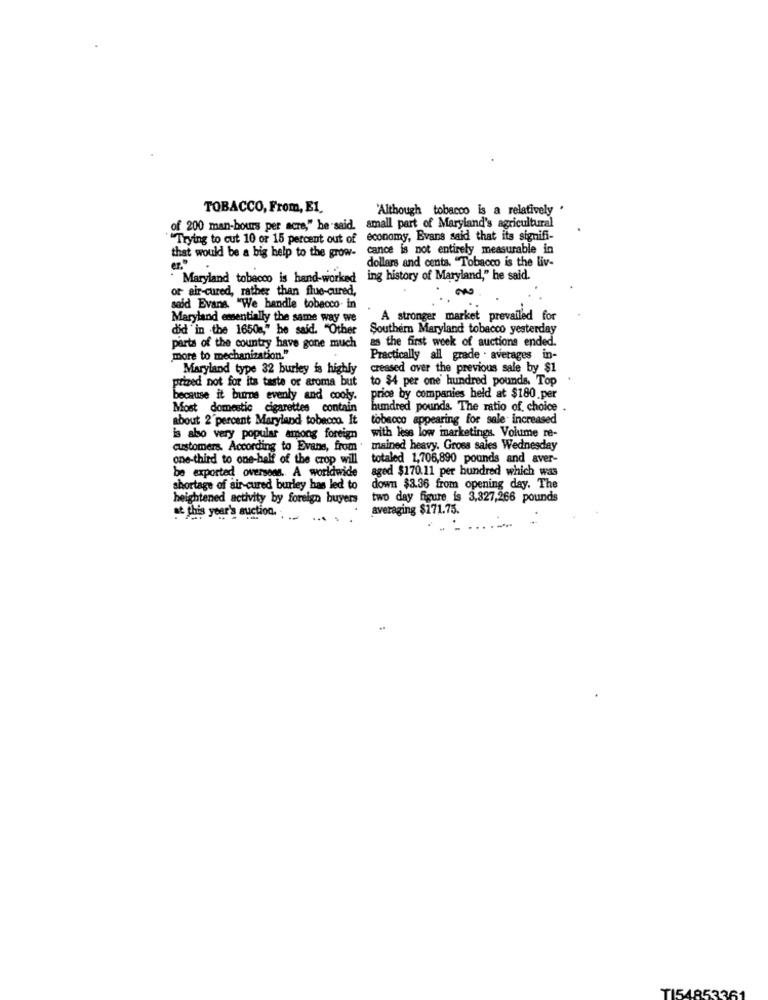
TOBACCO, From, E1.
'Although tobacco is a relatively .
of 200 man-bours per acre," he said. small part of Maryland's agricultural
"Trying to cut 10 or 15 percent out of economy, Evans said that its signifi-
that would be a big help to the grow-
cance is not entirely measurable in
dollars and cents. "Tobacco is the liv-
Maryland tobacco is hand-worked ing history of Maryland," he said.
or air-cured, rather than flue-cured,
said Evans. "We handle tobacco- in
Maryland essentially the same way we
A stronger market prevailed for
did in the 1650a," he said. "Other
Southern Maryland tobacco yesterday
as the first week of auctions ended.
parts of the country have gone much
more to mechanization."
Practically all grade . averages in-
Maryland type 32 burley is highly
creased over the previous sale by $1
prized not for its taste or aroma but
to $4 per one' hundred pounds. Top
because it burns evenly and cooly.
price by companies held at $180.per
Most domestic cigarettes contain
hundred pounds. The ratio of choice
about 2 percent Maryland tobacco. It
tobacco appearing for sale increased
is also very popular among foreign
with less low marketings. Volume re-
customers. According to Evans, from . mained heavy. Gross sales Wednesday
one-third to one-half of the crop will
totaled 1,706,890 pounds and aver-
be exported overseas. A worldwide
aged $170.11 per hundred which was
shortage of air-cured burley has led to
down $3.36 from opening day. The
heightened activity by foreign buyers
two day figure, is 3,327,266 pounds
averaging $171.75.
at this year's auction. . ...
T154853361